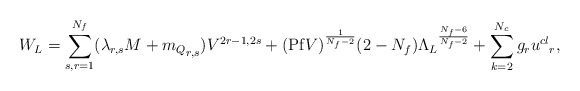
\begin{align*}W_{L} = \sum_{s,r =1}^{N_f}(\lambda_{r,s} M + {m_{Q}}_{r,s})V^{2r-1,2s} + ({\rm Pf}V)^{\frac{1}{N_f - 2}}(2-N_f) {\Lambda_L}^{\frac{N_f-6}{N_f-2}} + \sum_{k=2}^{N_c}g_r {u^{cl}}_r , \end{align*}